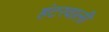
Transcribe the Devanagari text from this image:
हंटरवाली